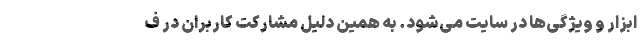
ابزار و ویژگی‌ها در سایت می‌شود. به همین دلیل مشارکت کاربران در ف